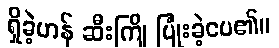
ရှိခဲ့ဟန် ဆီးကြို ပြုံးခဲ့ပေ၏။